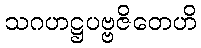
သဂဟဋ္ဌပဗ္ဗဇိတေဟိ